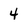
Character: 4